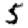
Digit: 5